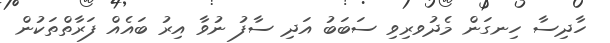
ހާދިސާ ހިނގަން މެދުވރިވި ސަބަބު އަދި ސާފު ނުވާ އިރު ބައެއް ފަރާތްތަކުން